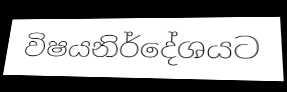
විෂයනිර්දේශයට